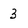
Character: 3